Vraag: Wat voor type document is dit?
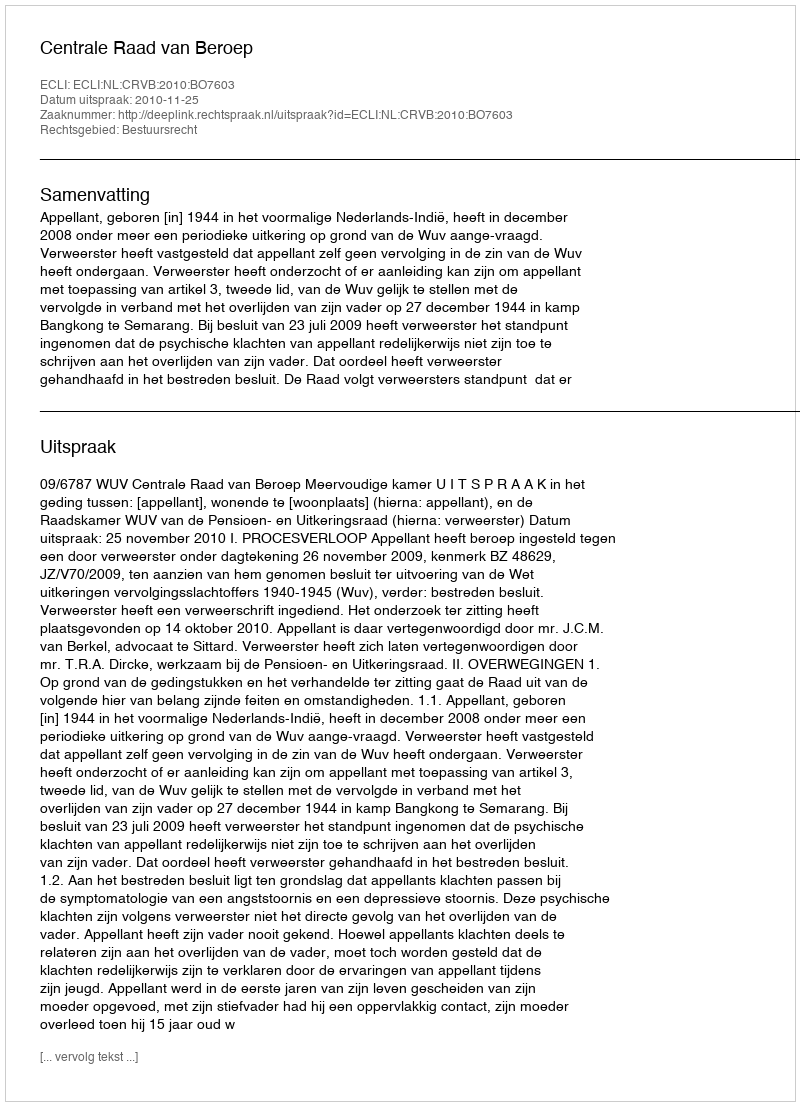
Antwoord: Uitspraak